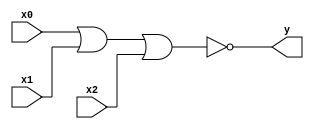
module nor_gate(y, x0, x1, x2);
	output y;
	input x0, x1, x2;
		
	assign y = ~(x0 | x1 | x2);
endmodule